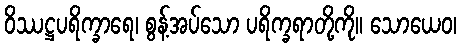
ဝိဿဋ္ဌပရိက္ခာရေ၊ စွန့်အပ်သော ပရိက္ခရာတို့ကို။ သောယေဝ၊